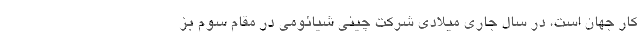
کار جهان است، در سال جاری میلادی شرکت چینی شیائومی در مقام سوم بز